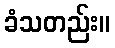
ခံသတည်း။